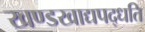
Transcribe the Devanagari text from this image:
खण्डखाद्यपद्धति